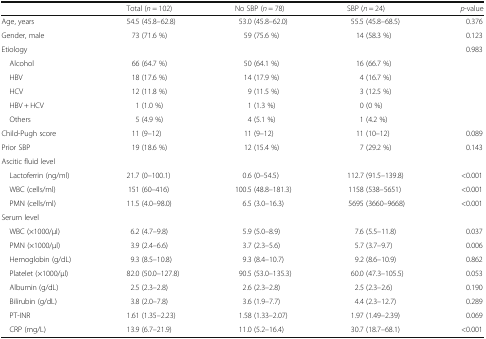
<table><thead><tr><td></td><td><b>Total (<i>n</i> = 102)</b></td><td><b>No SBP (<i>n</i> = 78)</b></td><td><b>SBP (<i>n</i> = 24)</b></td><td><b><i>p</i>-value</b></td></tr></thead><tbody><tr><td>Age, years</td><td>54.5 (45.8–62.8)</td><td>53.0 (45.8–62.0)</td><td>55.5 (45.8–68.5)</td><td>0.376</td></tr><tr><td>Gender, male</td><td>73 (71.6 %)</td><td>59 (75.6 %)</td><td>14 (58.3 %)</td><td>0.123</td></tr><tr><td colspan="4">Etiology</td><td rowspan="6">0.983</td></tr><tr><td> Alcohol</td><td>66 (64.7 %)</td><td>50 (64.1 %)</td><td>16 (66.7 %)</td></tr><tr><td> HBV</td><td>18 (17.6 %)</td><td>14 (17.9 %)</td><td>4 (16.7 %)</td></tr><tr><td> HCV</td><td>12 (11.8 %)</td><td>9 (11.5 %)</td><td>3 (12.5 %)</td></tr><tr><td> HBV + HCV</td><td>1 (1.0 %)</td><td>1 (1.3 %)</td><td>0 (0 %)</td></tr><tr><td> Others</td><td>5 (4.9 %)</td><td>4 (5.1 %)</td><td>1 (4.2 %)</td></tr><tr><td>Child-Pugh score</td><td>11 (9–12)</td><td>11 (9–12)</td><td>11 (10–12)</td><td>0.089</td></tr><tr><td>Prior SBP</td><td>19 (18.6 %)</td><td>12 (15.4 %)</td><td>7 (29.2 %)</td><td>0.143</td></tr><tr><td colspan="5">Ascitic fluid level</td></tr><tr><td> Lactoferrin (ng/ml)</td><td>21.7 (0–100.1)</td><td>0.6 (0–54.5)</td><td>112.7 (91.5–139.8)</td><td>&lt;0.001</td></tr><tr><td> WBC (cells/ml)</td><td>151 (60–416)</td><td>100.5 (48.8–181.3)</td><td>1158 (538–5651)</td><td>&lt;0.001</td></tr><tr><td> PMN (cells/ml)</td><td>11.5 (4.0–98.0)</td><td>6.5 (3.0–16.3)</td><td>5695 (3660–9668)</td><td>&lt;0.001</td></tr><tr><td colspan="5">Serum level</td></tr><tr><td> WBC (×1000/μl)</td><td>6.2 (4.7–9.8)</td><td>5.9 (5.0–8.9)</td><td>7.6 (5.5–11.8)</td><td>0.037</td></tr><tr><td> PMN (×1000/μl)</td><td>3.9 (2.4–6.6)</td><td>3.7 (2.3–5.6)</td><td>5.7 (3.7–9.7)</td><td>0.006</td></tr><tr><td> Hemoglobin (g/dL)</td><td>9.3 (8.5–10.8)</td><td>9.3 (8.4–10.7)</td><td>9.2 (8.6–10.9)</td><td>0.862</td></tr><tr><td> Platelet (×1000/μl)</td><td>82.0 (50.0–127.8)</td><td>90.5 (53.0–135.3)</td><td>60.0 (47.3–105.5)</td><td>0.053</td></tr><tr><td> Albumin (g/dL)</td><td>2.5 (2.3–2.8)</td><td>2.6 (2.3–2.8)</td><td>2.5 (2.3–2.6)</td><td>0.190</td></tr><tr><td> Bilirubin (g/dL)</td><td>3.8 (2.0–7.8)</td><td>3.6 (1.9–7.7)</td><td>4.4 (2.3–12.7)</td><td>0.289</td></tr><tr><td> PT-INR</td><td>1.61 (1.35–2.23)</td><td>1.58 (1.33–2.07)</td><td>1.97 (1.49–2.39)</td><td>0.069</td></tr><tr><td> CRP (mg/L)</td><td>13.9 (6.7–21.9)</td><td>11.0 (5.2–16.4)</td><td>30.7 (18.7–68.1)</td><td>&lt;0.001</td></tr></tbody></table>